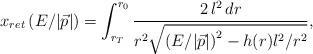
LaTeX: \begin{align*}x_{ret} \left( E/|\vec{p}| \right)=\int_{r_T}^{r_0}\frac{2\, l^2 \, dr}{r^2 \sqrt{\left( E/|\vec{p}|\right)^2 - h(r) l^2 / r^2}},\end{align*}